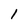
Character: 1